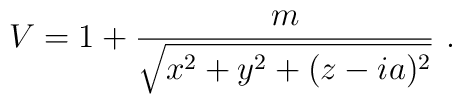
V= 1 + {m\over \sqrt  {x^2+y^2 +(z-ia)^2} } \ .